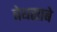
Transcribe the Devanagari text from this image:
बेथसाबे